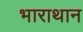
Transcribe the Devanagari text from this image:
भाराथान